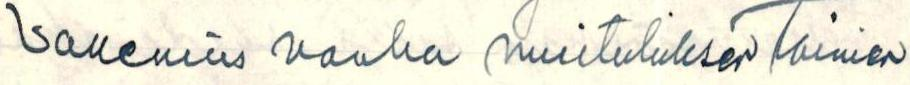
Vallenius vanha muilutuksen toimen